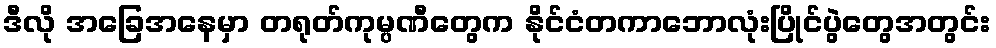
ဒီလို အခြေအနေမှာ တရုတ်ကုမ္ပဏီတွေက နိုင်ငံတကာဘောလုံးပြိုင်ပွဲတွေအတွင်း